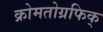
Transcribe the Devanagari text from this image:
क्रोमतोग्रफिक्